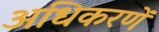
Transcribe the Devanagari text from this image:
अधिकरणें